Civil Veterinary Department. Central Provinces & Berar 1925-31 - 1925-1931
Year: 1925
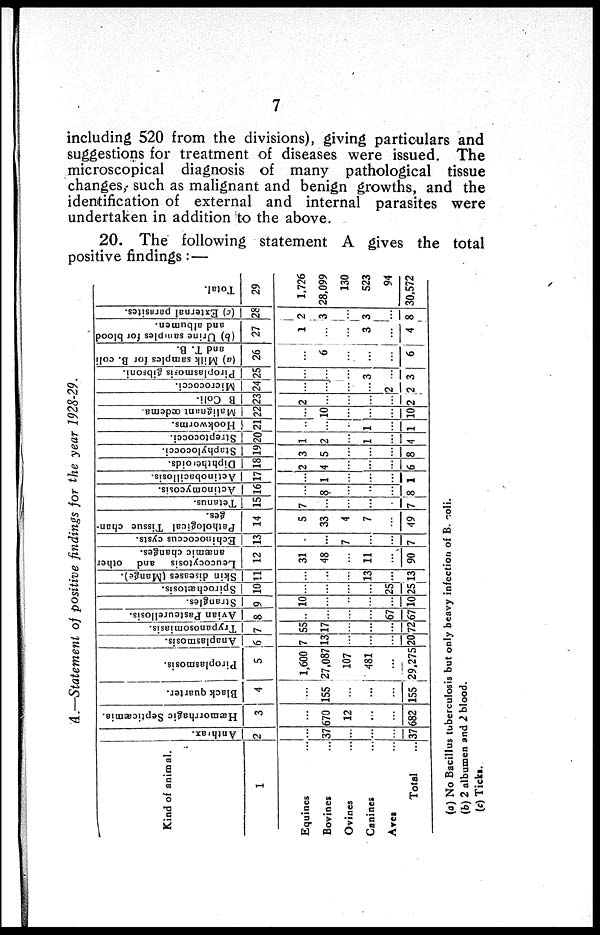
7
including 520 from the divisions), giving particulars and
suggestions for treatment of diseases were issued. The
microscopical diagnosis of many pathological tissue
changes, such as malignant and benign growths, and the
identification of external and internal parasites were
undertaken in addition to the above.
20. The following statement A gives the total
positive findings: —
A.—Statement of positive findings for the year 1928-29.
Kind of animal.
1
Equines ...
Bovines ...
Ovines ...
Canines ...
Aves ...
Total ...
Anthrax.
2
...
37
...
...
...
37
Hæmorrhagic Septicæmia.
3
...
670
12
...
...
682
Black quarter.
4
...
155
...
...
...
155
Piroplasmosis.
5
1,600
27,087
107
481
...
29,275
Anaplasmosis.
6
7
13
...
...
...
20
Trypanosomiasis.
7
55
17
...
...
...
72
Avian Pasteurellosis.
8
...
...
...
...
67
67
Strangles.
9
10
...
...
...
...
10
Spirochætosis.
10
...
...
...
...
25
25
Skin diseases (Mange).
11
...
...
..
13
...
13
Leucocytosis
and other
anæmic changes.
12
31
48
...
11
...
90
Echinococcus cysts.
13
...
...
7
...
...
7
Pathological Tissue chan-
ges.
14
5
33
4
7
...
49
Tetanus.
15
7
...
...
...
...
7
Actinomycosis.
16
...
8
...
...
...
8
Actinobacillosis.
17
...
1
...
...
...
1
Diphtheroids.
18
2
4
...
...
...
6
Staphylococci.
19
3
5
...
...
...
8
Streptococci.
20
1
2
...
1
...
4
Hookworms.
21
...
...
...
1
...
1
Malignant oedema.
22
...
10
...
...
...
10
B Coli-
23
2
...
...
...
...
2
Micrococci.
24
...
...
...
...
2
2
Piroplasmosis gibsoni.
25
...
...
...
3
...
3
(a) Milk samples for B. coli
and T. B.
26
...
6
...
...
...
6
(b)
Urine samples for blood
and albumen.
27
1
...
...
3
...
4
(c) External parasites.
28
2
3
...
3
...
8
Total.
29
1,726
28,099
130
523
94
30,572
(a) No Bacillus tuberculosis but only heavy infection of B. coli.
(b) 2 albumen and 2 blood.
(c) Ticks.